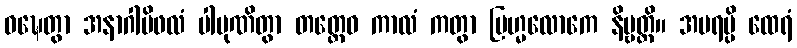
ဝဍ္ဎေတွာ အနာဂါမိဖလံ ပါပုဏိတွာ တတ္ထေဝ ကာလံ ကတွာ ဗြဟ္မလောကေ နိဗ္ဗတ္တိ။ အပရမ္ပိ ထေရံ